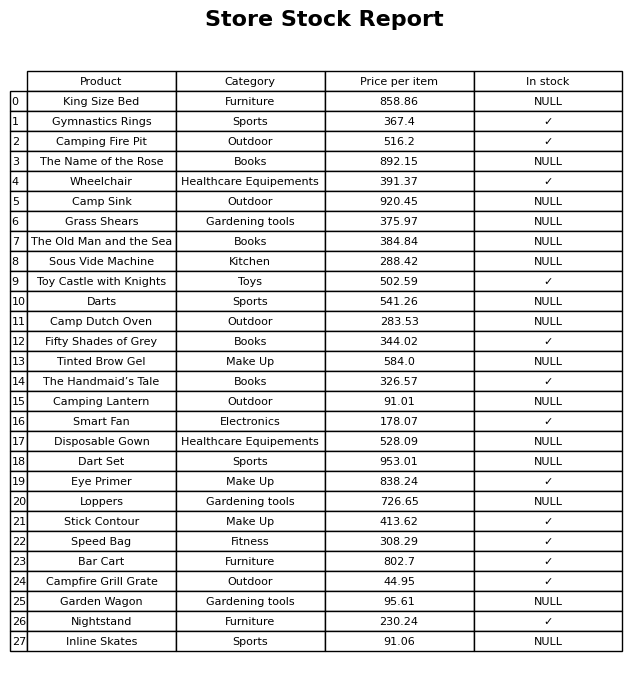
question: Is the Darts in stock?
answer: NULL